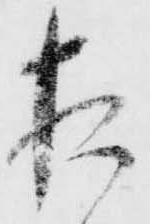
猶